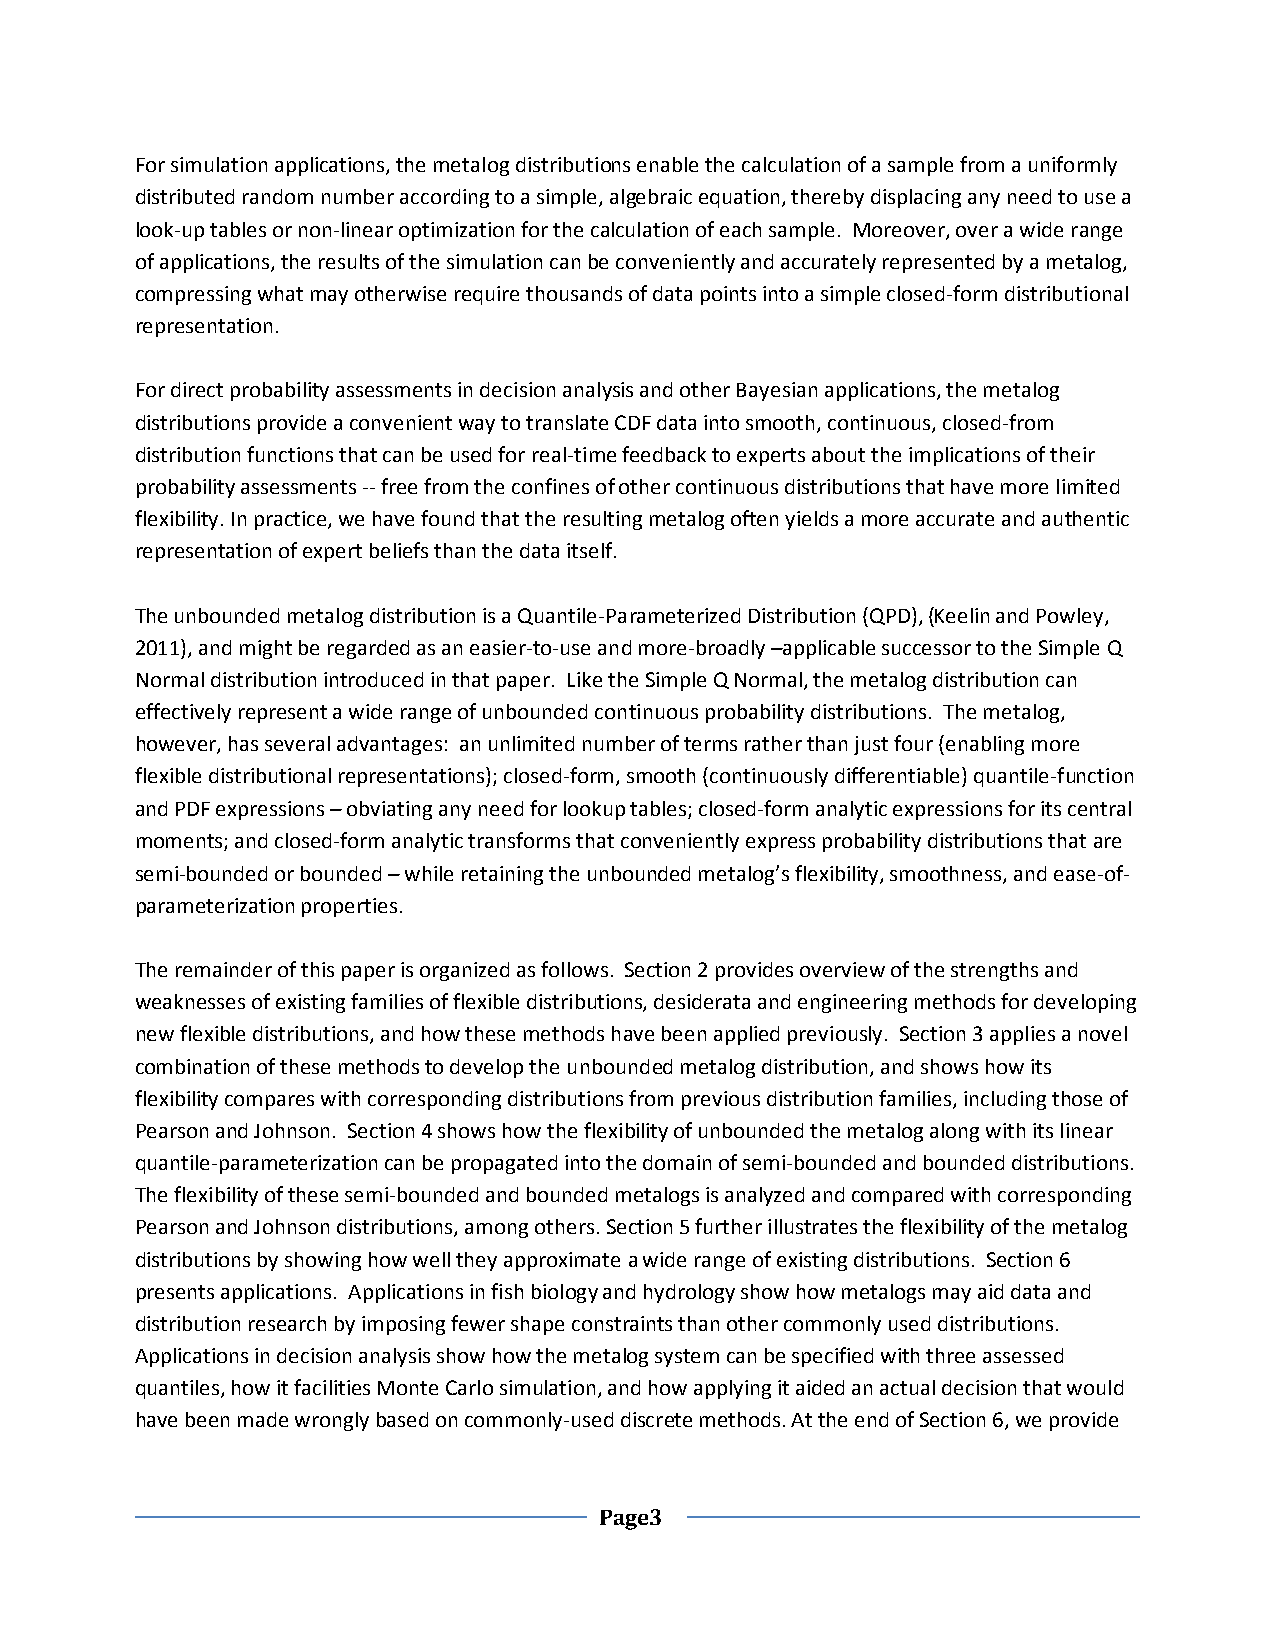
For simulation applications, the metalog distributions enable the calculation of a sample from a uniformly
 distributed random number according to a simple, algebraic equation, thereby displacing any need to use a
 look-up tables or non-linear optimization for the calculation of each sample. Moreover, over a wide range
 of applications, the results of the simulation can be conveniently and accurately represented by a metalog,
 compressing what may otherwise require thousands of data points into a simple closed-form distributional
 representation.
 For direct probability assessments in decision analysis and other Bayesian applications, the metalog
 distributions provide a convenient way to translate CDF data into smooth, continuous, closed-from
 distribution functions that can be used for real-time feedback to experts about the implications of their
 probability assessments -- free from the confines of other continuous distributions that have more limited
 flexibility. In practice, we have found that the resulting metalog often yields a more accurate and authentic
 representation of expert beliefs than the data itself.
 The unbounded metalog distribution is a Quantile-Parameterized Distribution (QPD), (Keelin and Powley,
 2011), and might be regarded as an easier-to-use and more-broadly –applicable successor to the Simple Q
 Normal distribution introduced in that paper. Like the Simple Q Normal, the metalog distribution can
 effectively represent a wide range of unbounded continuous probability distributions. The metalog,
 however, has several advantages: an unlimited number of terms rather than just four (enabling more
 flexible distributional representations); closed-form, smooth (continuously differentiable) quantile-function
 and PDF expressions – obviating any need for lookup tables; closed-form analytic expressions for its central
 moments; and closed-form analytic transforms that conveniently express probability distributions that are
 semi-bounded or bounded – while retaining the unbounded metalog’s flexibility, smoothness, and ease-of-
 parameterization properties.
 The remainder of this paper is organized as follows. Section 2 provides overview of the strengths and
 weaknesses of existing families of flexible distributions, desiderata and engineering methods for developing
 new flexible distributions, and how these methods have been applied previously. Section 3 applies a novel
 combination of these methods to develop the unbounded metalog distribution, and shows how its
 flexibility compares with corresponding distributions from previous distribution families, including those of
 Pearson and Johnson. Section 4 shows how the flexibility of unbounded the metalog along with its linear
 quantile-parameterization can be propagated into the domain of semi-bounded and bounded distributions.
 The flexibility of these semi-bounded and bounded metalogs is analyzed and compared with corresponding
 Pearson and Johnson distributions, among others. Section 5 further illustrates the flexibility of the metalog
 distributions by showing how well they approximate a wide range of existing distributions. Section 6
 presents applications. Applications in fish biology and hydrology show how metalogs may aid data and
 distribution research by imposing fewer shape constraints than other commonly used distributions.
 Applications in decision analysis show how the metalog system can be specified with three assessed
 quantiles, how it facilities Monte Carlo simulation, and how applying it aided an actual decision that would
 have been made wrongly based on commonly-used discrete methods. At the end of Section 6, we provide
 Page3